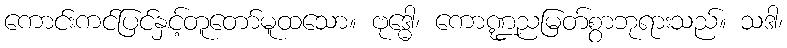
ကောင်းကင်ပြင်နှင့်တူတော်မူထသော။ ဗုဒ္ဓေါ၊ ကောဏ္ဍညမြတ်စွာဘုရားသည်။ သဒါ၊